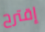
إقترح